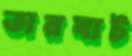
তারঘাট